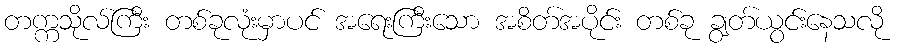
တက္ကသိုလ်ကြီး တစ်ခုလုံးမှာပင် အရေးကြီးသော အစိတ်အပိုင်း တစ်ခု ချွတ်ယွင်းနေသလို